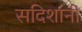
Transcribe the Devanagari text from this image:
सदिशांनी